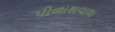
પીળાશવાળા